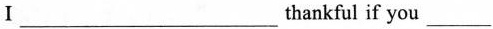
I ___ thankful if you ___